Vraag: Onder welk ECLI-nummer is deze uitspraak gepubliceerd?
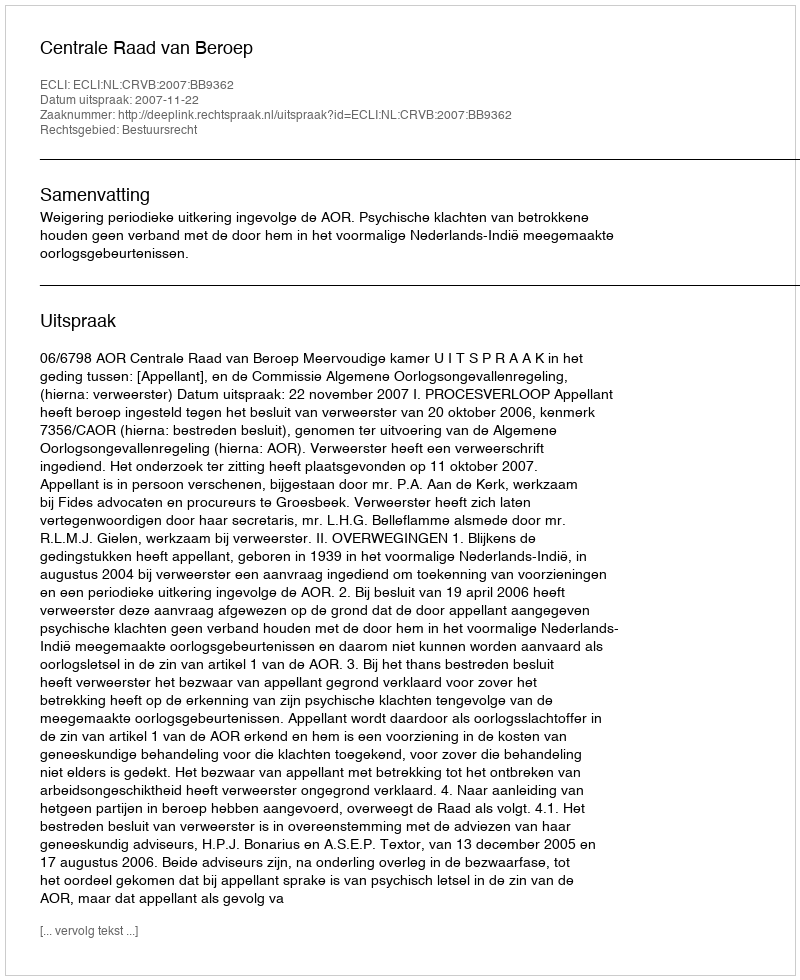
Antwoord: ECLI:NL:CRVB:2007:BB9362